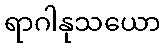
ရာဂါနုသယော